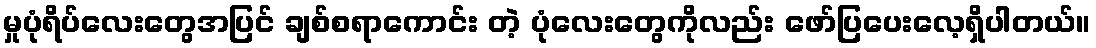
မှုပုံရိပ်လေးတွေအပြင် ချစ်စရာကောင်း တဲ့ ပုံလေးတွေကိုလည်း ဖော်ပြပေးလေ့ရှိပါတယ်။